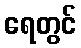
ရေတွင်